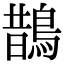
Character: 鵲